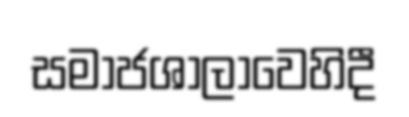
සමාජශාලාවෙහිදී